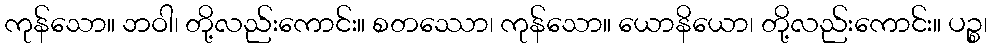
ကုန်သော။ ဘဝါ၊ တို့လည်းကောင်း။ စတဿော၊ ကုန်သော။ ယောနိယော၊ တို့လည်းကောင်း။ ပဉ္စ၊